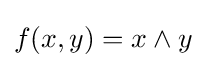
f(x,y)=x\land y